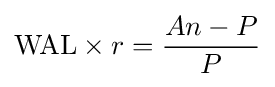
{\text{WAL}}\times r={\frac {An-P}{P}}